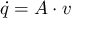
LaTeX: { \dot { q } } = A \cdot v